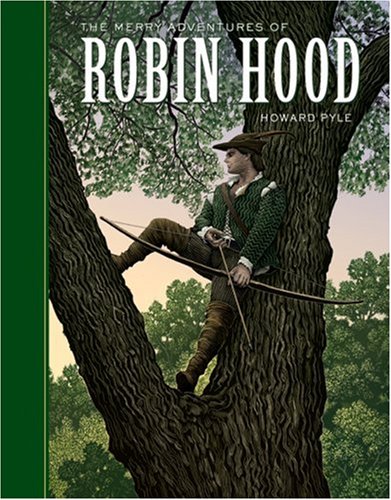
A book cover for The Merry Adventures of Robin Hood; Howard Pyle; Teen & Young Adult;